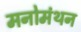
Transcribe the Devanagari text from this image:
मनोमंथन